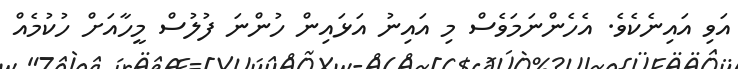
އަވި އައިނެކެވެ. އެހެންނަމަވެސް މި އައިނު އަޅައިން ހުންނަ ފުލުސް މީހާއަށް ހުކުމެއް